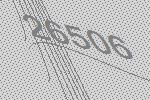
26506